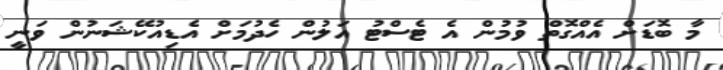
މާ ބޮޑަށް އެއްގޮތް ވުމުން އެ ޓެސްޓު އަލުން ހެދުމަށް އެޑިއުކޭޝަނުން ވަނީ